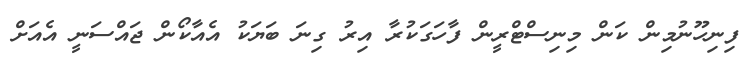
ފިނިހޫނުމިން ކަން މިނިސްޓްރީން ފާހަގަކުރާ އިރު ގިނަ ބަޔަކު އެއާކޯން ޖައްސަނީ އެއަށް